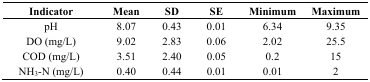
<table><thead><tr><td><b>Indicator</b></td><td><b>Mean</b></td><td><b>SD</b></td><td><b>SE</b></td><td><b>Minimum</b></td><td><b>Maximum</b></td></tr></thead><tbody><tr><td>pH</td><td>8.07</td><td>0.43</td><td>0.01</td><td>6.34</td><td>9.35</td></tr><tr><td>DO (mg/L)</td><td>9.02</td><td>2.83</td><td>0.06</td><td>2.02</td><td>25.5</td></tr><tr><td>COD (mg/L)</td><td>3.51</td><td>2.40</td><td>0.05</td><td>0.2</td><td>15</td></tr><tr><td>NH<sub>3</sub>-N (mg/L)</td><td>0.40</td><td>0.44</td><td>0.01</td><td>0.01</td><td>2</td></tr></tbody></table>